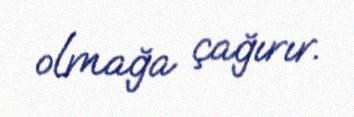
olmağa çağırır.